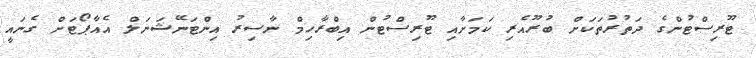
ޓޫރިސްޓުންގެ ދަތުރުތަކަށް ބުރޫއެރި ކަމަށާއި ޓޫރިސްޓުން އިބްރާހިމް ނާސިރު އިންޓަނޭޝަނަލް އެއާޕޯޓަށް ގެނައީ